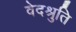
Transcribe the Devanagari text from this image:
वेदश्रुति